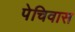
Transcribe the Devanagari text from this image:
पेचिवास